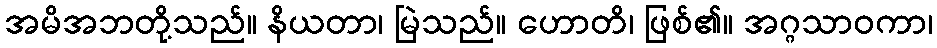
အမိအဘတို့သည်။ နိယတာ၊ မြဲသည်။ ဟောတိ၊ ဖြစ်၏။ အဂ္ဂသာဝကာ၊